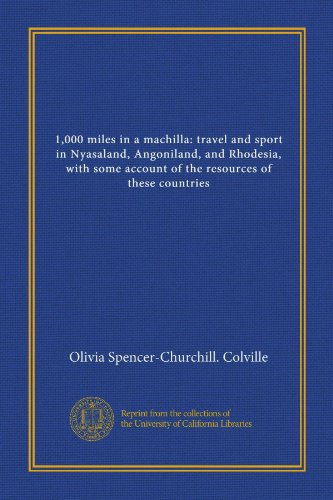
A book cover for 1,000 miles in a machilla: travel and sport in Nyasaland, Angoniland, and Rhodesia, with some account of the resources of these countries; Olivia Spencer-Churchill. Colville; Travel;